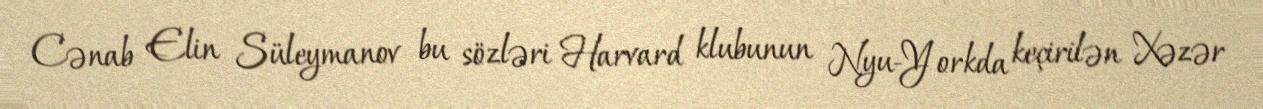
Cənab Elin Süleymanov bu sözləri Harvard klubunun Nyu-Yorkda keçirilən Xəzər